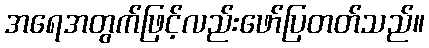
အရေအတွက်ဖြင့်လည်းဖော်ပြတတ်သည်။